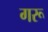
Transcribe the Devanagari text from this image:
गरू